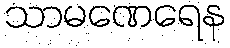
သာမဏေရေန